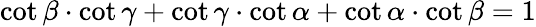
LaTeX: \cot\beta\cdot\cot\gamma+\cot\gamma\cdot\cot\alpha+\cot\alpha\cdot\cot\beta=1